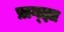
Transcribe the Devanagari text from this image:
प्राग्ज्ञा